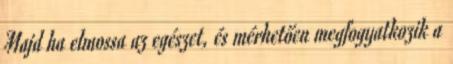
Majd ha elmossa az egészet, és mérhetően megfogyatkozik a